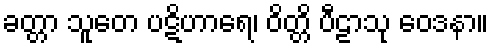
ခတ္တာ သူတေ ပဋိဟာရေ၊ ဝိတ္တိ ပီဠာသု ဝေဒနာ။